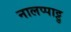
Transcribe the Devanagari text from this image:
नालप्पाट्टु